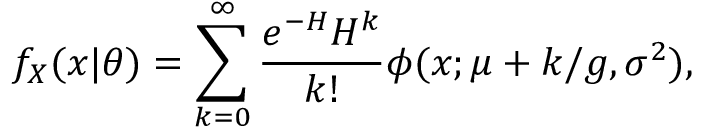
f _ { X } ( x | \theta ) = \sum _ { k = 0 } ^ { \infty } \frac { e ^ { - H } H ^ { k } } { k ! } \phi ( x ; \mu + k / g , \sigma ^ { 2 } ) ,